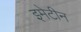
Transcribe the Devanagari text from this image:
इमेटीन